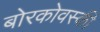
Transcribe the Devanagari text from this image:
बोरकोवस्की